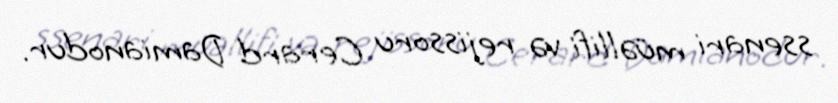
ssenari müəllifi və rejissoru Cerard Damianodur.